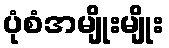
ပုံစံအမျိုးမျိုး